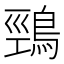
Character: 鵛